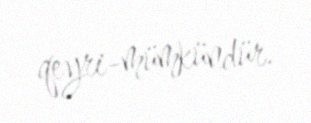
qeyri-mümkündür.